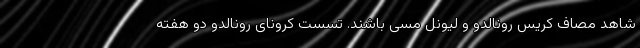
شاهد مصاف کریس رونالدو و لیونل مسی باشند. تسست کرونای رونالدو دو هفته